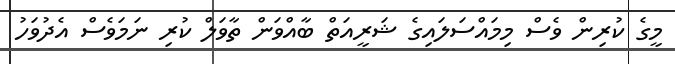
މީގެ ކުރިން ވެސް މިމައްސަލައިގެ ޝަރީއަތް ބާއްވަން ތާވަލް ކުރި ނަމަވެސް އެދުވަހު